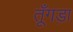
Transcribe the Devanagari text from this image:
तूँगड़ा